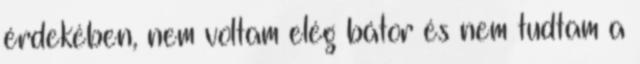
érdekében, nem voltam elég bátor és nem tudtam a